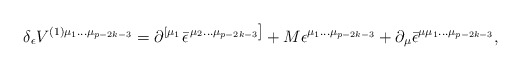
\begin{align*}\delta _\epsilon V^{(1)\mu _1\ldots \mu _{p-2k-3}}=\partial^{\left[ \mu _1\right. }\bar \epsilon ^{\left. \mu _2\ldots \mu_{p-2k-3}\right] }+M\epsilon ^{\mu _1\ldots \mu _{p-2k-3}}+\partial _\mu\bar \epsilon ^{\mu \mu _1\ldots \mu _{p-2k-3}},\end{align*}